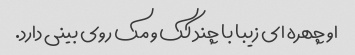
او چهره ای زیبا با چند کک و مک روی بینی دارد.